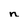
Character: n